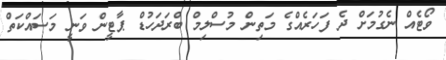
ވޯޓެއް ނެގުމަށް ދެ ފަހަރެއްގެ މަތިން މުސްލިމް ބްރަދަހުޑް ޕާޓީން ވަނީ މަސައްކަތް